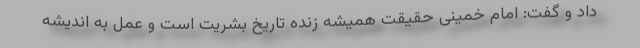
داد و گفت: امام خمینی حقیقت همیشه زنده تاریخ بشریت است و عمل به اندیشه